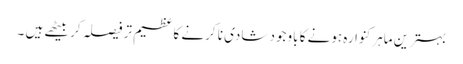
بہترین ماہرکنوارہ ہونے کا باوجود شادی نا کرنے کا عظیم تر فیصلہ کر بیٹھے ہیں ۔